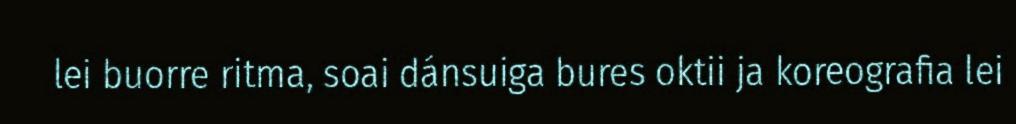
lei buorre ritma, soai dánsuiga bures oktii ja koreografia lei